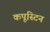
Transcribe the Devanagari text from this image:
कपूस्टिन